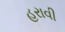
હરાવી